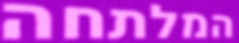
המלתחה